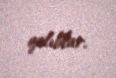
qalıblar.